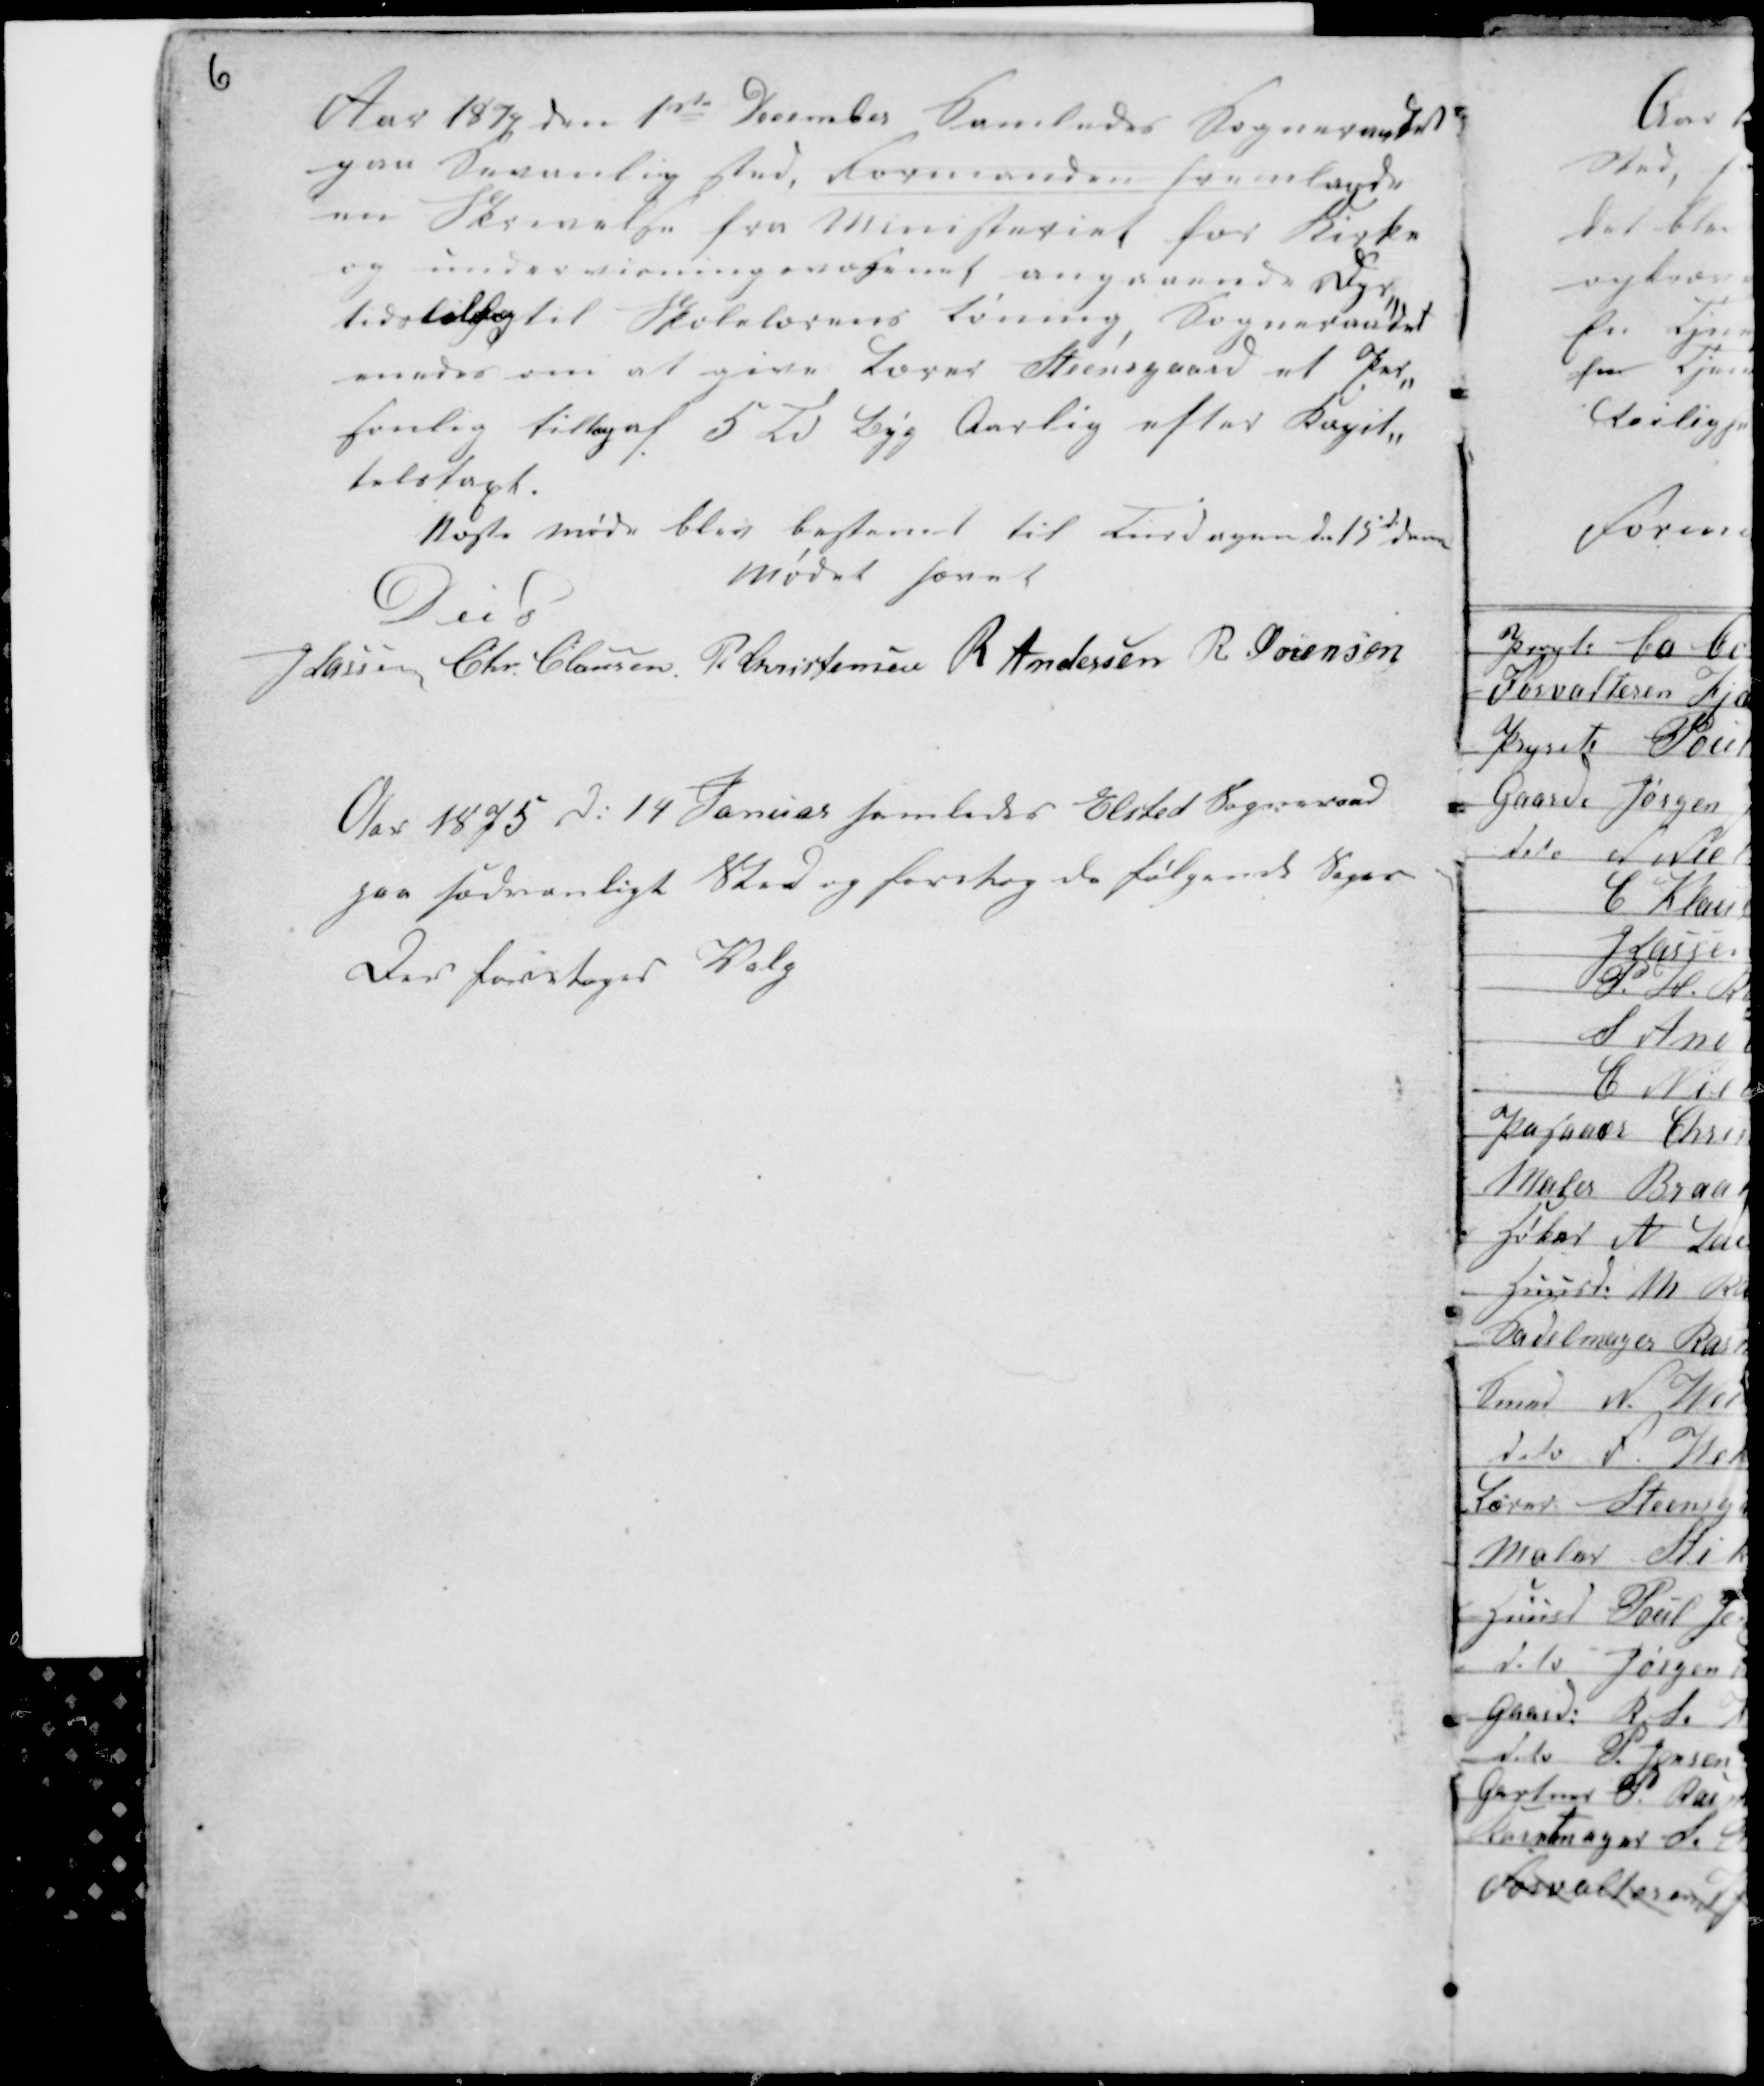
Transskription:
6

Aar 1874 den 1ste December samledes Sogneraadet
paa Sædvanlig Sted. Formanden fremlagde
en Skrivelse fra Ministeriet for Kirke
og undervisningsvæsenet angaaende Dyr-
tidstillæg til Skolelærens Lønning, Sogneraadet
anmodes om at give Lærer Steensgaard et Per-
sonlig tillæg af 5 Td Byg Aarlig efter Kapit-
talstaxt.
Næste møde blev bestemt til Tirsdagen den 15d d......
mødet hævet
D u s
H Lassen Chr Clausen P. Christensen R Andersen R Sørensen

Aar 1875 D: 14 Januar samledes Elsted Sogneraad
paa sædvanligt Sted og foretog de følgende Sager
Der foretoges Valg